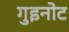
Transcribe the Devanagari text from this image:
गुइनोट